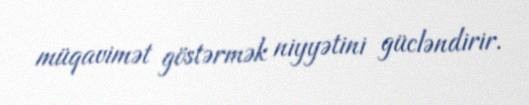
müqavimət göstərmək niyyətini gücləndirir.